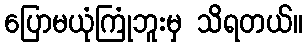
ပြောမယုံကြုံဘူးမှ သိရတယ်။